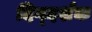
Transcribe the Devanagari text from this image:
दिग्‍दर्शक